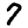
Digit: 7